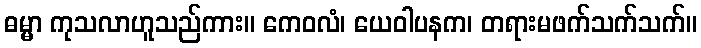
ဓမ္မာ ကုသလာဟူသည်ကား။ ကေဝလံ၊ ယေဝါပနက၊ တရားမဖက်သက်သက်။